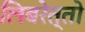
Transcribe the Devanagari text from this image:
लिबरेत्तो